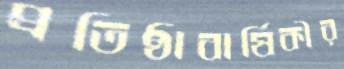
প্রতিষ্ঠাবার্ষিকীর